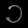
Digit: ၁